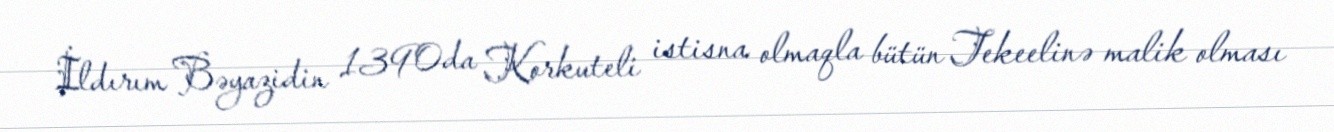
İldırım Bəyazidin 1390da Korkuteli istisna olmaqla bütün Tekeelinə malik olması